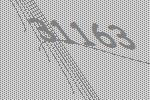
31163